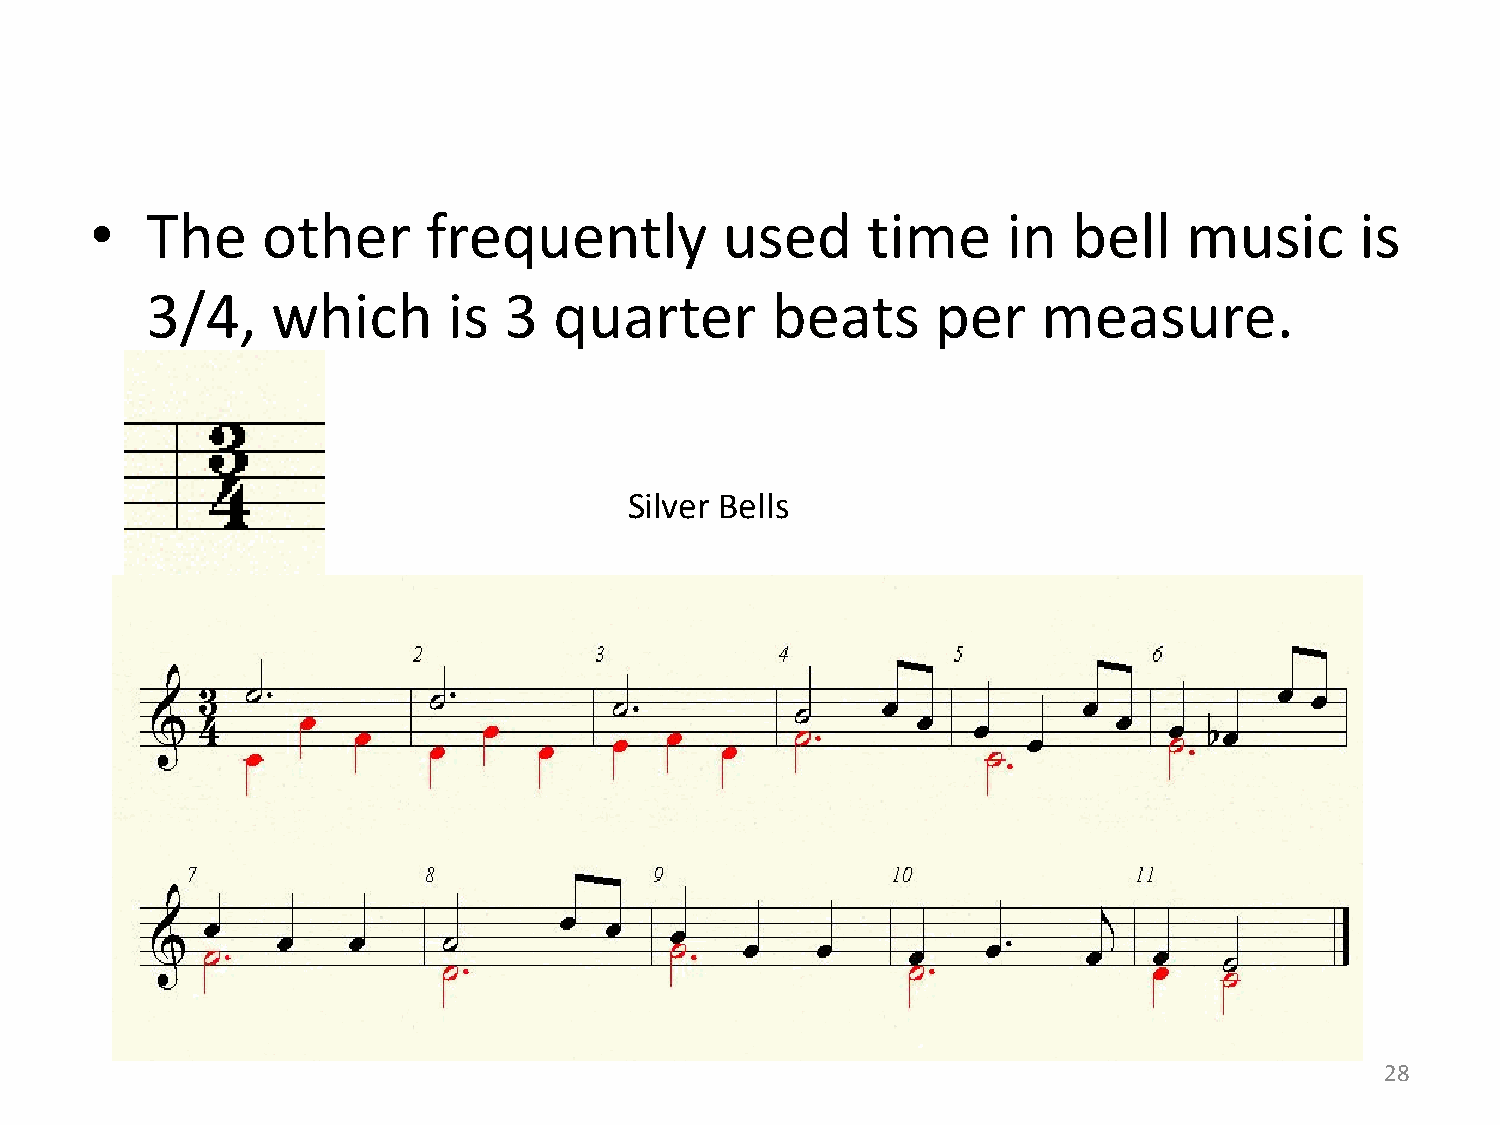
•   The    other      frequently          used     time      in  bell    music      is
 3/4,    which       is 3   quarter       beats      per    measure.
 Silver Bells
 28